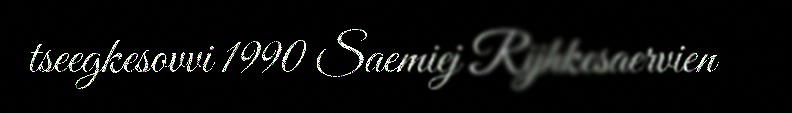
tseegkesovvi 1990 Saemiej Rijhkesaervien